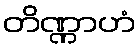
တိဏ္ဏာဟံ